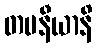
တပနီယာနိ